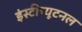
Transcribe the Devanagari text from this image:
इंस्टीच्यूटनल